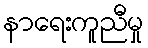
နာရေးကူညီမှု